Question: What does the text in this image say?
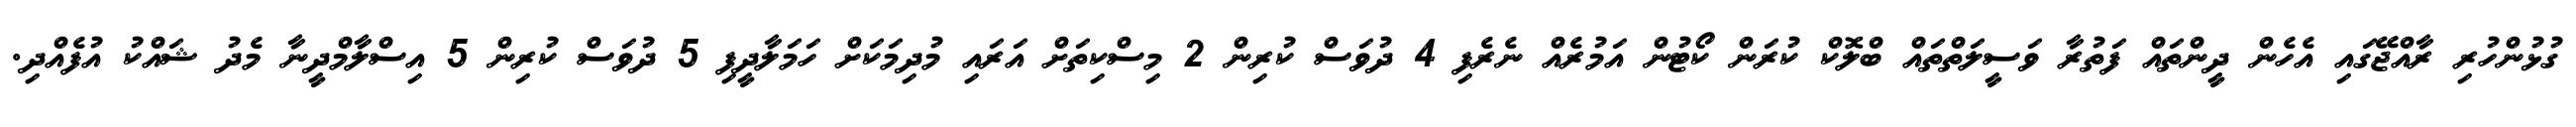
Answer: ގުޅުންހުރި ރާއްޖޭގައި އެހެން ދީންތައް ފަތުރާ ވަސީލަތްތައް ބްލޮކް ކުރަން ކޯޓުން އަމުރެއް ނެރެފި 4 ދުވަސް ކުރިން 2 މިސްކިތަށް އަރައި މުދިމަކަށް ހަމަލާދީފި 5 ދުވަސް ކުރިން 5 އިސްލާމްދީނާ މެދު ޝައްކު އުފެއްދި.